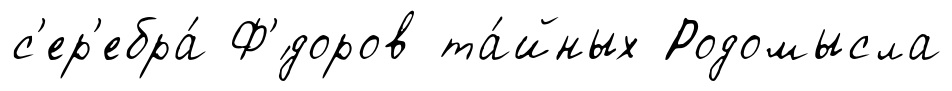
с'ер'ебра́ Ф'́доров та́йных Родомысла